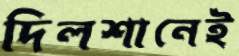
দিলশানেই